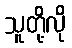
သူတို့လို